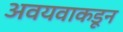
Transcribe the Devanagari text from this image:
अवयवाकडून